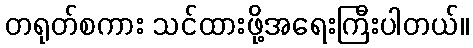
တရုတ်စကား သင်ထားဖို့အရေးကြီးပါတယ်။